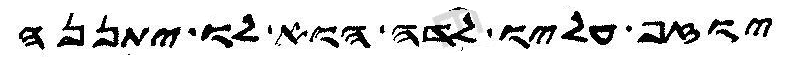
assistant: יוזף עליו לדה הוא לו יתננה